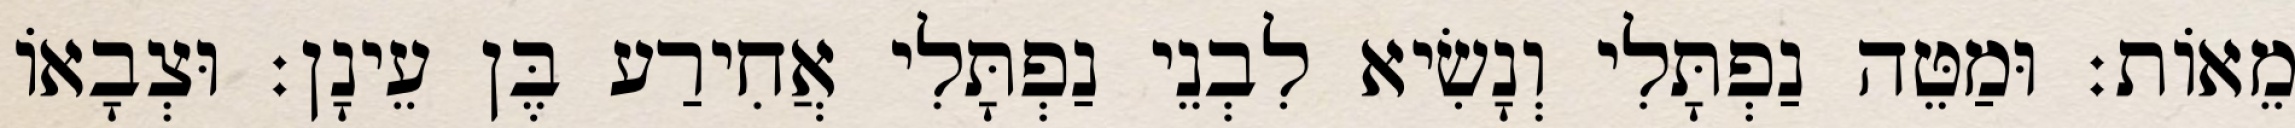
מֵאוֹת׃ וּמַטֵּה נַפְתָּלִי וְנָשִׂיא לִבְנֵי נַפְתָּלִי אֲחִירַע בֶּן עֵינָן׃ וּצְבָאוֹ